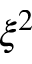
\xi ^ { 2 }